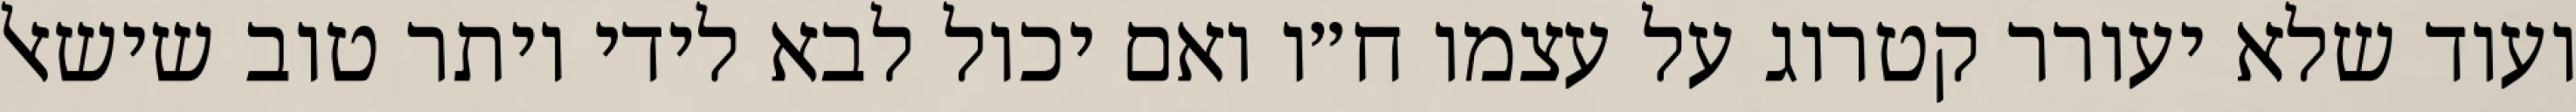
ועוד שלא יעורר קטרוג על עצמו ח״ו ואם יכול לבא לידי יותר טוב שישאל